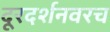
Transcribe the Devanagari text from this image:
दूरदर्शनवरच